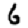
Digit: 6